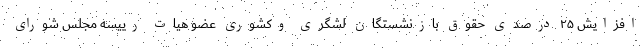
افزایش ۲۵ درصدی حقوق بازنشستگان لشگری وکشوری عضو هیات رییسه مجلس شورای